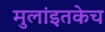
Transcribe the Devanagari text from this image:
मुलांइतकेच